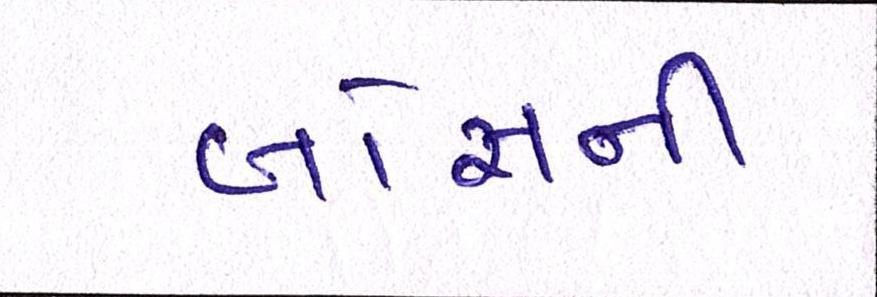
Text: બોસની